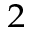
^ { 2 }